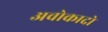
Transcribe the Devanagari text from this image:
अवोकादो